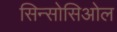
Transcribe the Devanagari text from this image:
सिन्सोसिओल